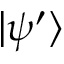
\vert \psi ^ { \prime } \rangle